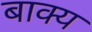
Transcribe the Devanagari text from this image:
बाक्य